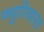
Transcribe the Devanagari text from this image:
फ्युरियास